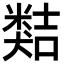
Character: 𥻽